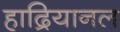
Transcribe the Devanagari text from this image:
हाद्रियानल